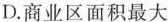
D.商业区面积最大